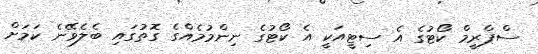
ސްޕްރީމް ކޯޓުގެ އެ ސިޓީއަކީ އެ ކޯޓުގެ ނިންމުމެއްގެ ގޮތުގައި ބެލެވޭނެ ކަމަށް